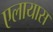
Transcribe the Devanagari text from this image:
एलायास